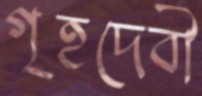
গৃহদেবী